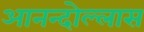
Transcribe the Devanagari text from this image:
आनन्दोल्लास